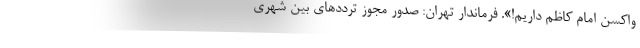
واکسن امام‌ کاظم داریم!». فرماندار تهران: صدور مجوز ترددهای بین شهری